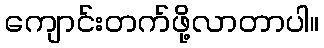
ကျောင်းတက်ဖို့လာတာပါ။